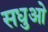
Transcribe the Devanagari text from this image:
सधुओ